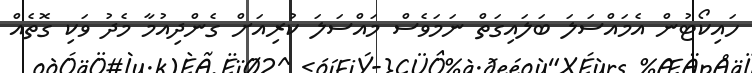
ހައިކޯޓުން އެމައްސަލަ ބަލައިގަތް ނަމަވެސް މައްސަލަ ކުރިއަށް ގެންދިއުމާ މެދު ވަކި ގޮތެއް